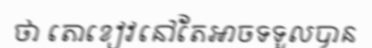
ថា តោខៀវនៅតែអាចទទួលបាន